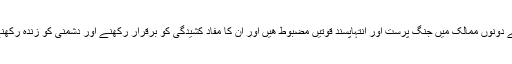
بدقسمتی سے دونوں ممالک میں جنگ پرست اور انتہاپسند قوتیں مضبوط ھیں اور ان کا مفاد کشیدگی کو برقرار رکھنے اور دشمنی کو زندہ رکھنے میں ھے۔